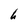
Character: h